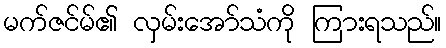
မက်ဇင်မ်၏ လှမ်းအော်သံကို ကြားရသည်။